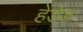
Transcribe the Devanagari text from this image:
हेंडेड